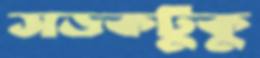
সড়কটুকু